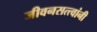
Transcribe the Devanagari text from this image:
जीवनसत्त्वांनी